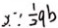
x \because \frac { 1 } { 2 } q b